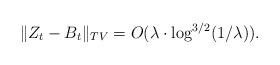
LaTeX: \begin{align*} \| Z_t - B_t\|_{TV}= O(\lambda \cdot \log^{3/2}(1/\lambda)).\end{align*}